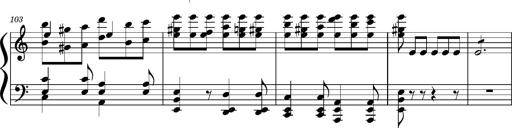
Title: Concerto sans orchestre, S.524a
Composer: Franz Liszt
Key: A major